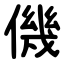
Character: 僟